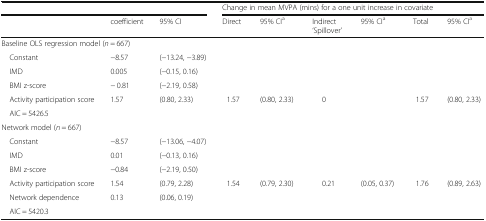
<table><thead><tr><td colspan="3"></td><td colspan="6"><b>Change in mean MVPA (mins) for a one unit increase in covariate</b></td></tr><tr><td></td><td><b>coefficient</b></td><td><b>95% CI</b></td><td><b>Direct</b></td><td><b>95% CI<sup>a</sup></b></td><td><b>Indirect‘Spillover’</b></td><td><b>95% CI<sup>a</sup></b></td><td><b>Total</b></td><td><b>95% CI<sup>a</sup></b></td></tr></thead><tbody><tr><td colspan="9">Baseline OLS regression model (<i>n</i> = 667)</td></tr><tr><td> Constant</td><td>−8.57</td><td>(−13.24, −3.89)</td><td></td><td></td><td></td><td></td><td></td><td></td></tr><tr><td> IMD</td><td>0.005</td><td>(−0.15, 0.16)</td><td></td><td></td><td></td><td></td><td></td><td></td></tr><tr><td> BMI z-score</td><td>− 0.81</td><td>(−2.19, 0.58)</td><td></td><td></td><td></td><td></td><td></td><td></td></tr><tr><td> Activity participation score</td><td>1.57</td><td>(0.80, 2.33)</td><td>1.57</td><td>(0.80, 2.33)</td><td>0</td><td></td><td>1.57</td><td>(0.80, 2.33)</td></tr><tr><td colspan="9"> AIC = 5426.5</td></tr><tr><td colspan="9">Network model (<i>n</i> = 667)</td></tr><tr><td> Constant</td><td>−8.57</td><td>(−13.06, −4.07)</td><td></td><td></td><td></td><td></td><td></td><td></td></tr><tr><td> IMD</td><td>0.01</td><td>(−0.13, 0.16)</td><td></td><td></td><td></td><td></td><td></td><td></td></tr><tr><td> BMI z-score</td><td>−0.84</td><td>(−2.19, 0.50)</td><td></td><td></td><td></td><td></td><td></td><td></td></tr><tr><td> Activity participation score</td><td>1.54</td><td>(0.79, 2.28)</td><td>1.54</td><td>(0.79, 2.30)</td><td>0.21</td><td>(0.05, 0.37)</td><td>1.76</td><td>(0.89, 2.63)</td></tr><tr><td> Network dependence</td><td>0.13</td><td>(0.06, 0.19)</td><td></td><td></td><td></td><td></td><td></td><td></td></tr><tr><td colspan="9"> AIC = 5420.3</td></tr></tbody></table>